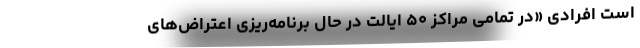
است افرادی «در تمامی مراکز ۵۰ ایالت در حال برنامه‌ریزی اعتراض‌های